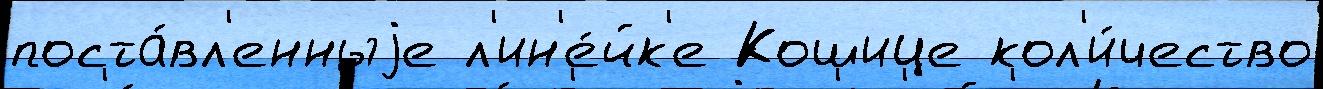
поста́вл'енныjе л'ин'е́йк'е Кошице кол'и́чество